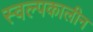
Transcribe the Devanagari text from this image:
स्वल्पकालीन